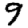
Digit: 9